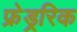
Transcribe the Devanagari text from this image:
फ्रेड्ररिक